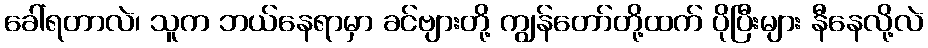
ခေါ်ရတာလဲ၊ သူက ဘယ်နေရာမှာ ခင်ဗျားတို့ ကျွန်တော်တို့ထက် ပိုပြီးများ နီနေလို့လဲ